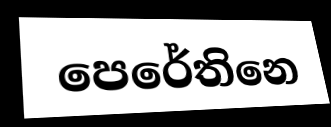
පෙරේතිනෙ